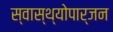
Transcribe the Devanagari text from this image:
स्वास्थ्योपार्जन